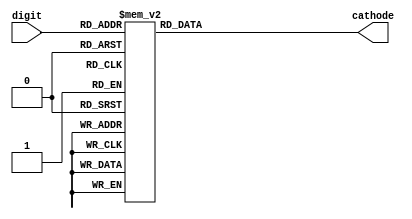
module BCD_to_cathodes(
input [3:0] digit,
output reg [7:0] cathode=0
    );
always@ (digit)
begin
	case (digit)
		4'd0:
			cathode = 8'b00000011; // zero
		4'd1:
			cathode = 8'b10011111; // one
		4'd2:
			cathode = 8'b00100101; // two
		4'd3:
			cathode = 8'b00001101; // three
		4'd4:
			cathode = 8'b10011001; // four
		4'd5:
			cathode = 8'b01001001; // five
		4'd6:
			cathode = 8'b01000001; // six
		4'd7:
			cathode = 8'b00011111; // seven
		4'd8:
			cathode = 8'b00000001; // eight
		4'd9:
			cathode = 8'b00001001; // nine
		default:
			cathode = 8'b11111111; // blank sseg display if digit not 0-9
	endcase
end

endmodule